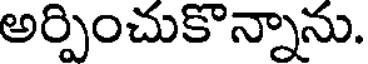
అర్పించుకొన్నాను.